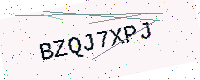
Text: BZQJ7XPJ